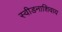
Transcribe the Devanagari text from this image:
स्वीडनाशिवाय